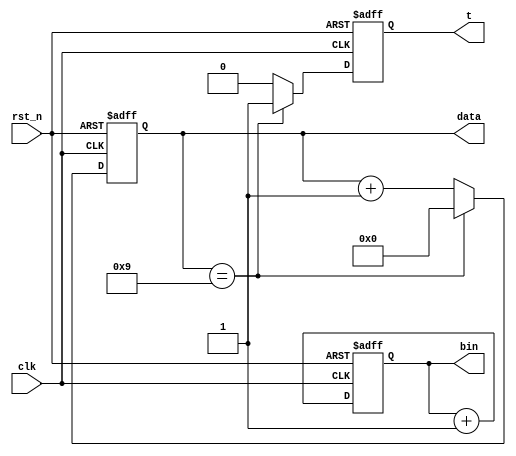

module cnt(
                 input          clk,
                 input          rst_n,
                 //input          clr,   //Counter synchronous reset   
                 output reg[3:0]data,  //counter value
                 output reg     t,      // carry enable signal
				 output reg[31:0] bin
                );

always@(posedge clk or negedge rst_n) 
begin
    if(rst_n==0)
    begin
        data <= 4'd0;
        t <= 1'd0;
    end

    else
    begin
        if(data==4'd9)
        begin
            t<= 1'b1;    //Counter to 9 to generate carry
            data <= 4'd0;//Counter to 9 reset
        end
        else
        begin
            t <= 1'b0;
            data <= data + 4'd1;
        end
    end
end

always@(posedge clk or negedge rst_n) 
begin
    if(rst_n==0)
    begin
		bin <= 32'b0;
    end

    else
    begin
        bin <= bin + 32'b1;
    end
end

endmodule